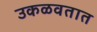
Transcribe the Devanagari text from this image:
उकळवतात